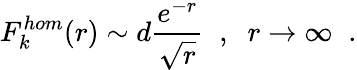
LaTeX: F_{k}^{hom}(r)\sim d\frac{e^{-r}}{\sqrt{r}}\; \; ,\; \; r\rightarrow\infty\; \; .